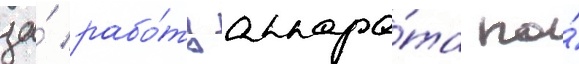
за́ рабо́ту аппара́та по́